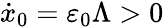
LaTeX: \dot{x}_{0}=\varepsilon_{0}\Lambda>0